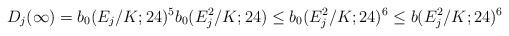
LaTeX: \begin{align*}D_j(\infty)=b_0(E_j/K;24)^5b_0(E_j^2/K;24) \leq b_0(E_j^2/K;24)^6 \leq b(E_j^2/K;24)^6\end{align*}